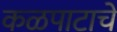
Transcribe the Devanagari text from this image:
कळपाटाचे